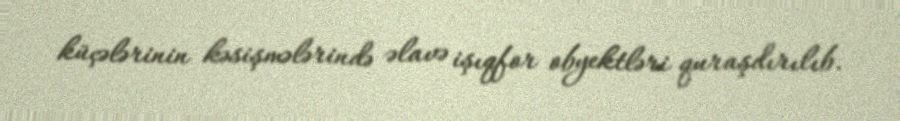
küçələrinin kəsişmələrində əlavə işıqfor obyektləri quraşdırılıb.